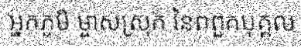
អ្នកភូមិ ម្ចាស់ស្រុក នៃពពួកបុគ្គល